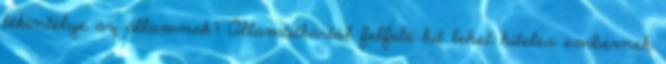
tekintélye az államnak? Államtitkártól felfelé kit lehet hiteles embernek